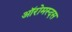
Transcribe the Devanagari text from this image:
ऑरोमस्दस